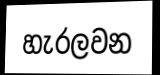
හැරලවන